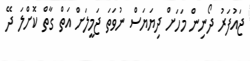
ޖައުފަރު ދޯނިން މަހަށް ދިޔަޔަސް ނުވަތަ ޖަމީލަށް އަތް ގާތް ކޮށްލަ ދޭ